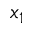
x _ { 1 }